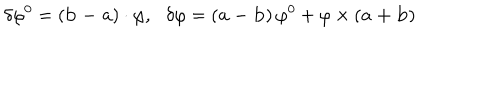
LaTeX: \delta \varphi ^ { 0 } = \left( { \bf b - a } \right) \cdot { \mathbf \varphi , } \delta { \mathbf \varphi } = \left( { \bf a - b } \right) \varphi ^ { 0 } + { \mathbf \varphi } \times \left( { \bf a + b } \right) \nonumber